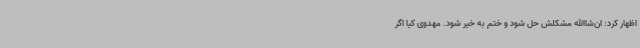
اظهار کرد: ان‌شاالله مشکلش حل شود و ختم به خیر شود. مهدوی کیا اگر